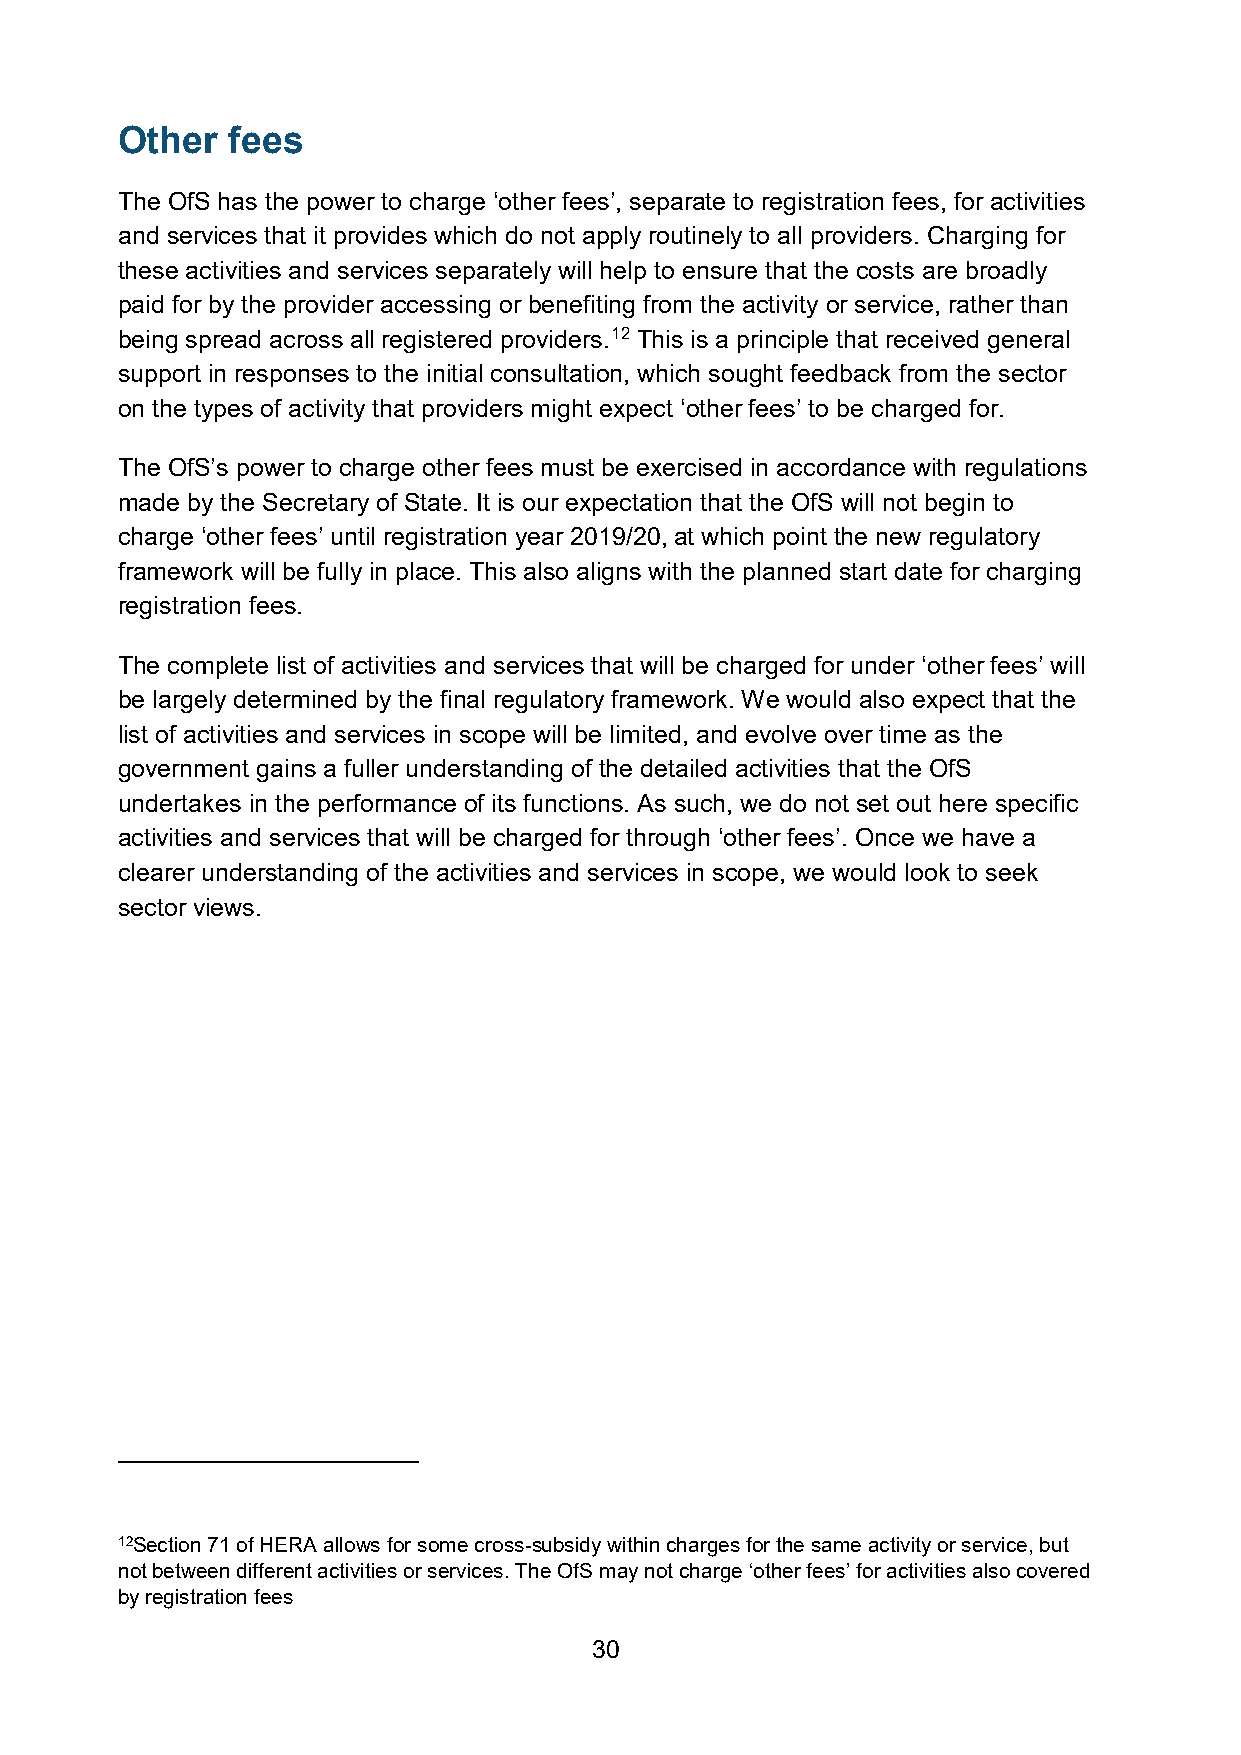
Other  fees
 The OfS has the power to charge ‘other fees’, separate to registration fees, for activities
 and services that it provides which do not apply routinely to all providers. Charging for
 these activities and services separately will help to ensure that the costs are broadly
 paid for by the provider accessing or benefiting from the activity or service, rather than
 being spread across all registered providers.12 This is a principle that received general
 support in responses to the initial consultation, which sought feedback from the sector
 on the types of activity that providers might expect ‘other fees’ to be charged for.
 The OfS’s power to charge other fees must be exercised in accordance with regulations
 made by the Secretary of State. It is our expectation that the OfS will not begin to
 charge ‘other fees’ until registration year 2019/20, at which point the new regulatory
 framework will be fully in place. This also aligns with the planned start date for charging
 registration fees.
 The complete list of activities and services that will be charged for under ‘other fees’ will
 be largely determined by the final regulatory framework. We would also expect that the
 list of activities and services in scope will be limited, and evolve over time as the
 government gains a fuller understanding of the detailed activities that the OfS
 undertakes in the performance of its functions. As such, we do not set out here specific
 activities and services that will be charged for through ‘other fees’. Once we have a
 clearer understanding of the activities and services in scope, we would look to seek
 sector views.
 12Section 71 of HERA allows for some cross-subsidy within charges for the same activity or service, but
 not between different activities or services. The OfS may not charge ‘other fees’ for activities also covered
 by registration fees
 30